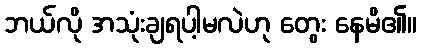
ဘယ်လို အသုံးချရပါ့မလဲဟု တွေး နေမိ၏။